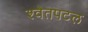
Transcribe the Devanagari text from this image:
श्‍वेतपटल